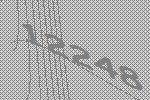
12248